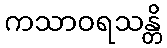
ကသာဝရသန္တိ